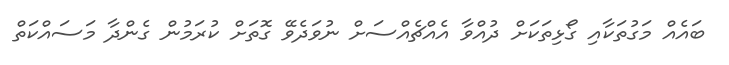
ބައެއް މަގުތަކާއި ގޯޅިތަކަށް ދުއްވާ އެއްޗެއްސަށް ނުވަދެވޭ ގޮތަށް ކުރަމުން ގެންދާ މަސައްކަތް